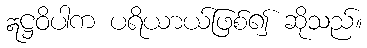
ဣဋ္ဌဝိပါက ပရိယာယ်ဖြစ်၍ ဆိုသည်။